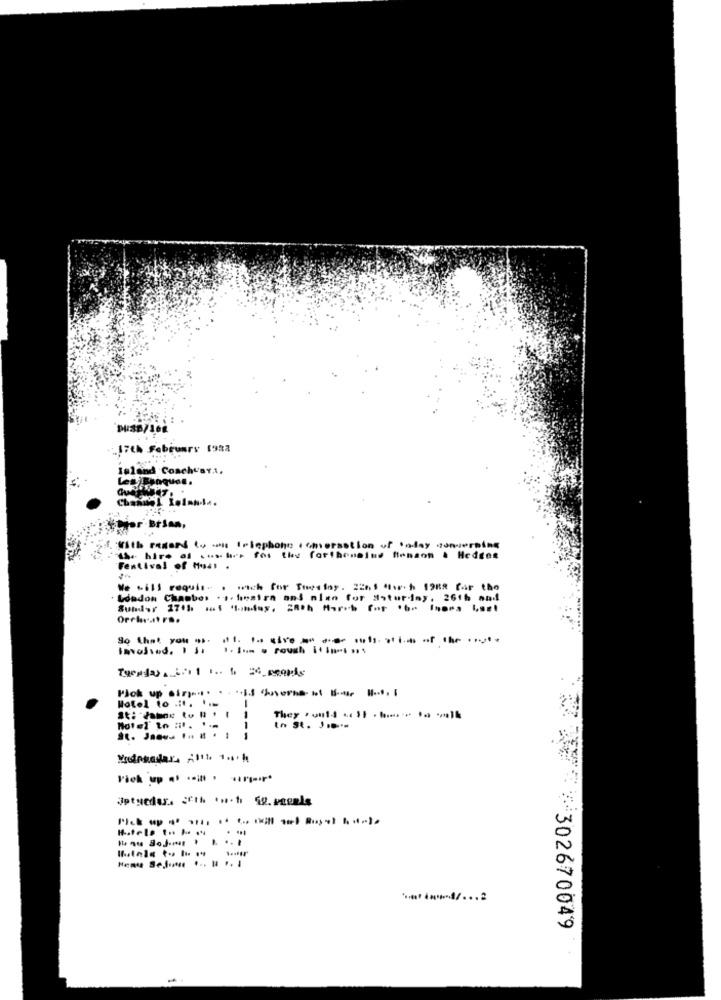
.17th February 1982
Island Coacheart.
Les Fenquon.
tor Brian,
"With renard to - Ilęphone .omerastion of today concerning
1. hire of .. she fos the forthemaine ftenson & Hedges
Festival of Mual .
We will requis- . with for Tuesday. Z265 ich 1988 for the
London Chamber .1. hesira and nien for Saturday, 2616 and
Orchrat r ..
it. to give an over outs of its of the
So that you ".
Invosind. I Sa 1. Som a rough i" m "
Plok up sine. . .* IS overns- - --- --..
Hotel to .... ..
St: James to # . 1 1
1
to St. J ...
----
302670049